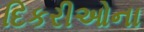
દિકરીઓના